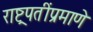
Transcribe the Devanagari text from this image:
राष्ट्रपतींप्रमाणे